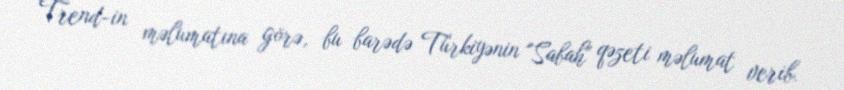
Trend-in məlumatına görə, bu barədə Türkiyənin "Sabah" qəzeti məlumat verib.